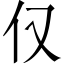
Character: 仅